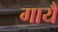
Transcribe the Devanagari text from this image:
गायै